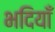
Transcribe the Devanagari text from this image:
भदियाँ